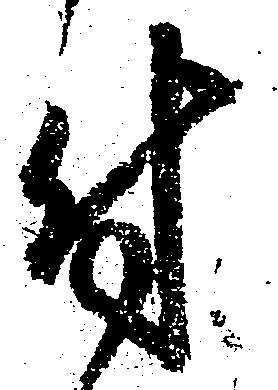
付